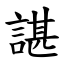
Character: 諶